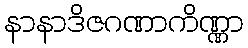
နာနာဒိဇဂဏာကိဏ္ဏာ